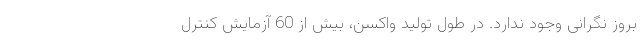
بروز نگرانی وجود ندارد. در طول تولید واکسن، بیش از 60 آزمایش کنترل